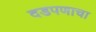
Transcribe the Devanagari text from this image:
दडपणाचा